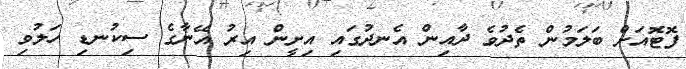
ފޮޓޮއަށް ބަލަމުން ތެދުވެ ދާއިން އެނދުގައި އިށީން އިރު އޭނާގެ ސިކުނޑި ހަލުވި